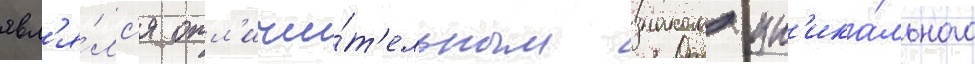
явл'я́лс'я отл'ичи́т'ельным знаком ун'ика́льного